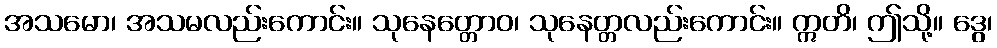
အသမော၊ အသမလည်းကောင်း။ သုနေတ္တောဝ၊ သုနေတ္တလည်းကောင်း။ ဣတိ၊ ဤသို့။ ဒွေ၊